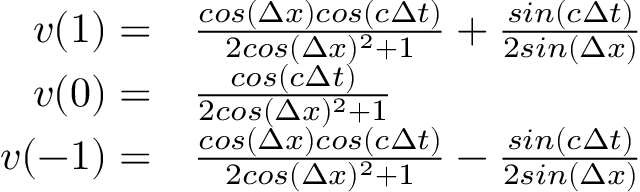
\begin{array} { r l } { v ( 1 ) = } & { \frac { c o s ( \Delta x ) c o s ( c \Delta t ) } { 2 c o s ( \Delta x ) ^ { 2 } + 1 } + \frac { s i n ( c \Delta t ) } { 2 s i n ( \Delta x ) } } \\ { v ( 0 ) = } & { \frac { c o s ( c \Delta t ) } { 2 c o s ( \Delta x ) ^ { 2 } + 1 } } \\ { v ( - 1 ) = } & { \frac { c o s ( \Delta x ) c o s ( c \Delta t ) } { 2 c o s ( \Delta x ) ^ { 2 } + 1 } - \frac { s i n ( c \Delta t ) } { 2 s i n ( \Delta x ) } } \end{array}